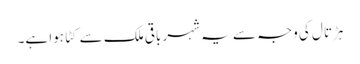
ہڑتال کی وجہ سے یہ شہر باقی ملک سے کٹا ہوا ہے۔